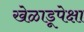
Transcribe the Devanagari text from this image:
खेळाडूपेक्षा